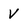
Character: V